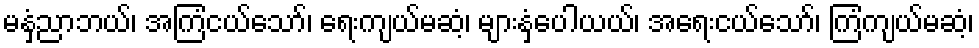
မနှံ့ညာဘယ်၊ အကြံငယ်သော်၊ ရေးကျယ်မဆံ့၊ များနှံ့ပေါယယ်၊ အရေးငယ်သော်၊ ကြံကျယ်မဆံ့၊